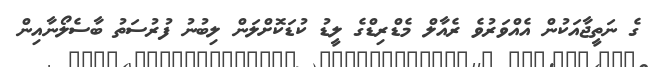
ގެ ނަތީޖާއަކުން އެއްވަރުވެ ރެއާލް މެޑްރިޑްގެ ލީޑު ކުޑަކޮށްލަން ލިބުނު ފުރުސަތު ބާސެލޯނާއިން